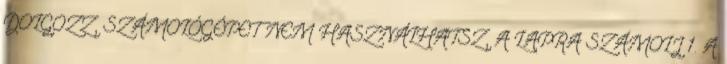
DOLGOZZ, SZÁMOLÓGÉPET NEM HASZNÁLHATSZ, A LAPRA SZÁMOLJ 1. A